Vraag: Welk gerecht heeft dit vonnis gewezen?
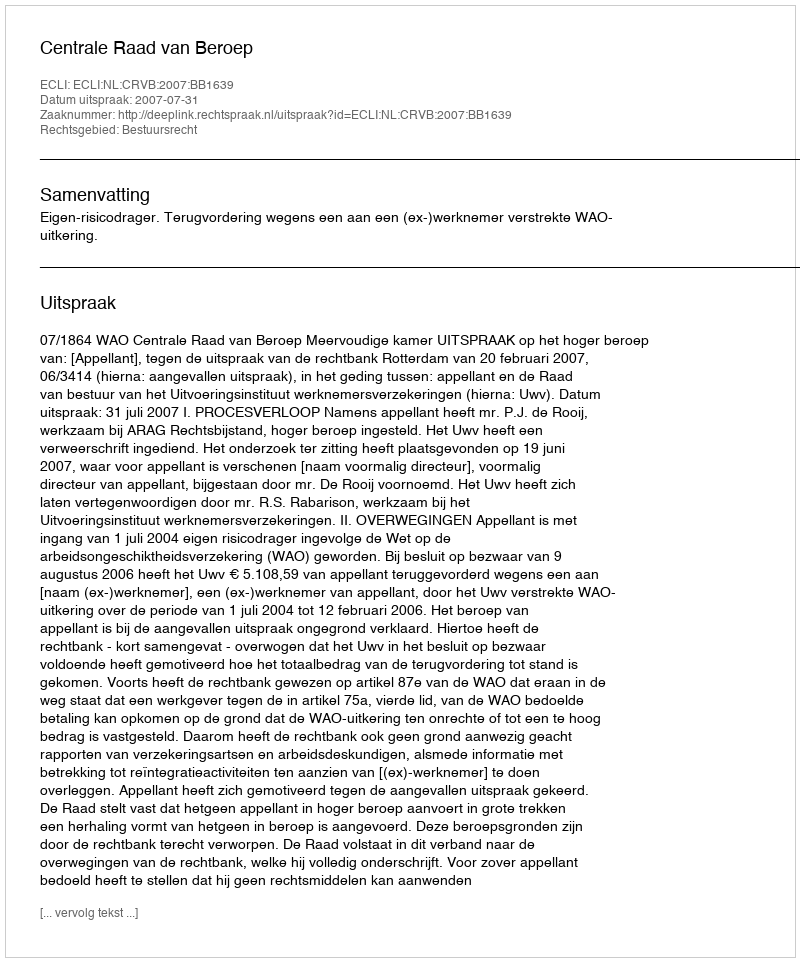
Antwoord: Centrale Raad van Beroep